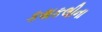
કથકલીના